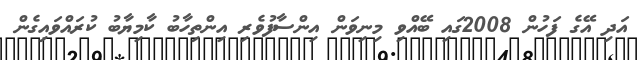
އަދި އޭގެ ފަހުން 2008ގައި ބޭއްވި މިނިވަން އިންސާފުވެރި އިންތިހާބު ކާމިޔާބު ކުރައްވައިގެން